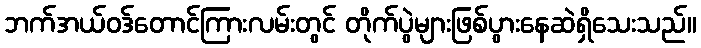
ဘက်အယ်ဝဒ်တောင်ကြားလမ်းတွင် တိုက်ပွဲများဖြစ်ပွားနေဆဲရှိသေးသည်။